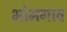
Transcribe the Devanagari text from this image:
भोमगाव